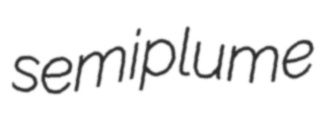
semiplume